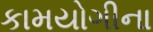
કામયોગીના